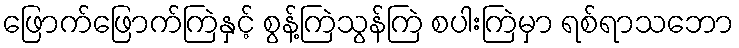
ဖြောက်ဖြောက်ကြဲနှင့် စွန့်ကြဲသွန်ကြဲ စပါးကြဲမှာ ရစ်ရာသဘော